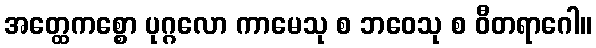
အတ္ထေကစ္စော ပုဂ္ဂလော ကာမေသု စ ဘဝေသု စ ဝီတရာဂေါ။